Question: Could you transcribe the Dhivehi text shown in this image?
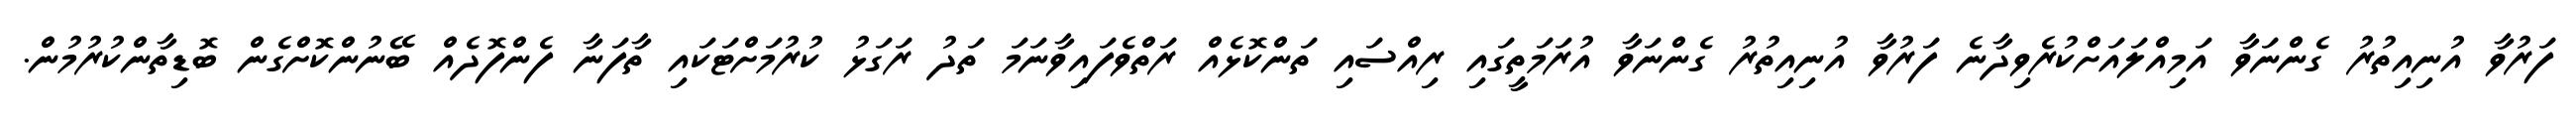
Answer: ފަރުވާ އުނިއިތުރު ގެންނަވާ އަމިއްލައަށްކުރެވިދާނެ ފަރުވާ އުނިއިތުރު ގެންނަވާ އުރަމަތީގައި ރިއްސައި ތަންކޮޅެއް ރަތްވެފައިވާނަމަ ތަދު ރަގަޅު ކުރުމަށްޓަކައި ތާފަނާ ފެންފޮދެއް ބޭނުންކޮށްގެން ބޮޑިތާންކުރުމުން.